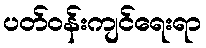
ပတ်ဝန်းကျင်ရေးရာ